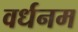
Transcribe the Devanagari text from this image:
वर्धनम